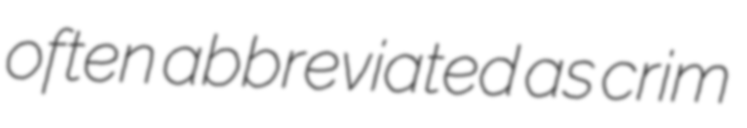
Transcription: often abbreviated as crim